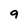
Character: 9